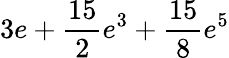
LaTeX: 3e+\frac{15}{2}e^{3}+\frac{15}{8}e^{5}